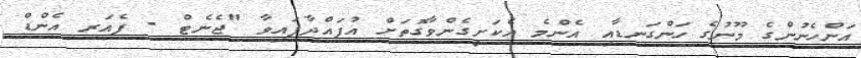
އަންހެނުންގެ މޫނުގެ ހަންގަނޑާއި އެންމެ އެކަށީގެންވާގޮތަށް އުފައްދާފައިވާ "ޖެނެޓް - ފެއަރ އެންޑް